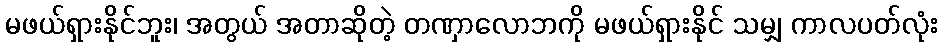
မဖယ်ရှားနိုင်ဘူး၊ အတွယ် အတာဆိုတဲ့ တဏှာလောဘကို မဖယ်ရှားနိုင် သမျှ ကာလပတ်လုံး